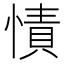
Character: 㥽